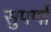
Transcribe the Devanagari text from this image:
सुपर्णों